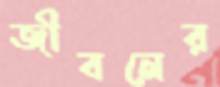
জীবনের